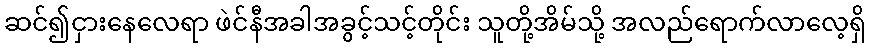
ဆင်၍ငှားနေလေရာ ဖဲင်နီအခါအခွင့်သင့်တိုင်း သူတို့အိမ်သို့ အလည်ရောက်လာလေ့ရှိ